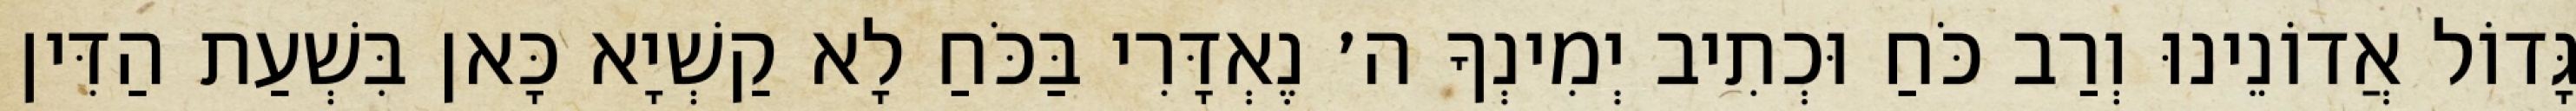
גָּדוֹל אֲדוֹנֵינוּ וְרַב כֹּחַ וּכְתִיב יְמִינְךָ ה׳ נֶאְדָּרִי בַּכֹּחַ לָא קַשְׁיָא כָּאן בִּשְׁעַת הַדִּין